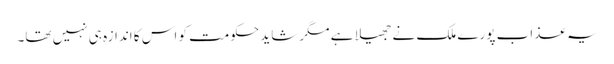
یہ عذاب پورے ملک نے جھیلا ہے مگر شاید حکومت کو اس کا اندازہ ہی نہیں تھا۔